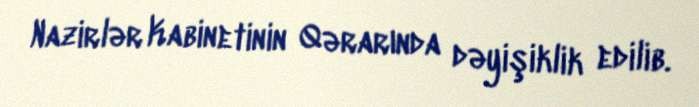
Nazirlər Kabinetinin Qərarında dəyişiklik edilib.